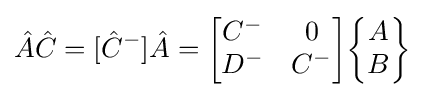
{\hat {A}}{\hat {C}}=[{\hat {C}}^{-}]{\hat {A}}={\begin{bmatrix}C^{-}&0\\D^{-}&C^{-}\end{bmatrix}}{\begin{Bmatrix}A\\B\end{Bmatrix}}